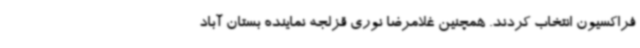
فراکسیون انتخاب کردند. همچنین غلامرضا نوری قزلجه نماینده بستان آباد